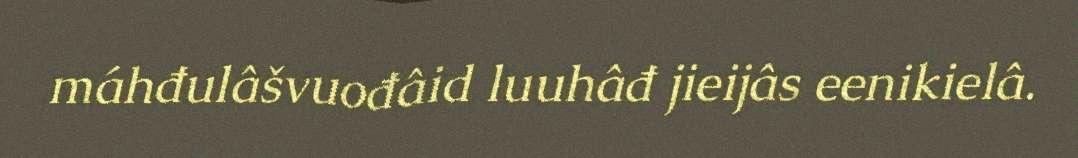
máhđulâšvuođâid luuhâđ jieijâs eenikielâ.